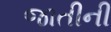
જાતીની